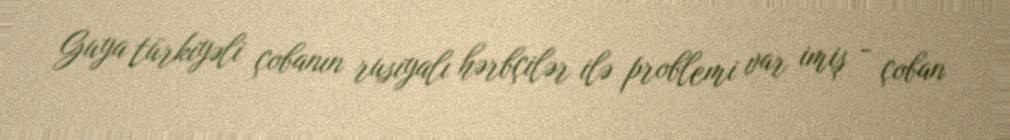
Guya türkiyəli çobanın rusiyalı hərbçilər ilə problemi var imiş - çoban